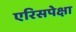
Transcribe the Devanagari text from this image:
एरिसपेक्षा